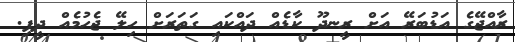
ރާއްޖޭގެ އަޑުބަރޭ އަށް ރީނދޫ ކާޑެއް ދައްކައި ގަތަރަށް ހިލޭ ޖެހުމެއް ދީފި.